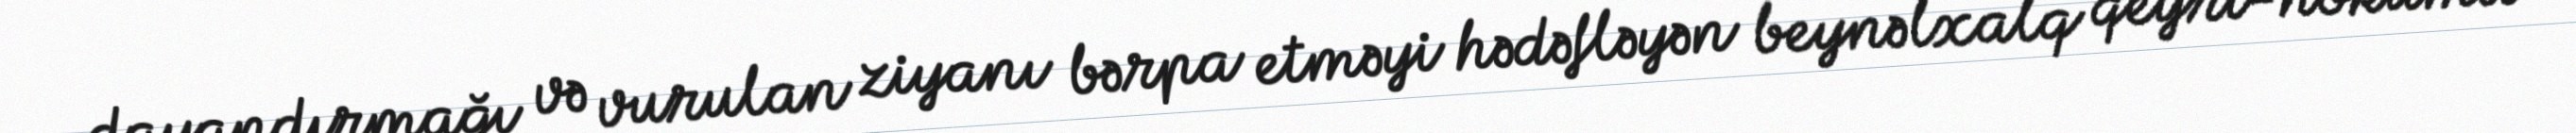
dayandırmağı və vurulan ziyanı bərpa etməyi hədəfləyən beynəlxalq qeyri-hökumət